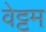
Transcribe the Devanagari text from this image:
वेट्टम